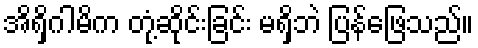
အိရှိဂါမိက တုံ့ဆိုင်းခြင်း မရှိဘဲ ပြန်ဖြေသည်။